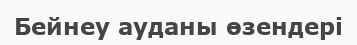
Бейнеу ауданы өзендері